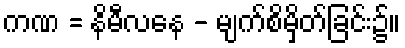
ကဏ = နိမီလနေ - မျက်စိမှိတ်ခြင်း၌။